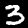
Label: 3